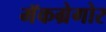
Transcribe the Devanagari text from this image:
मॅकग्रेगोर